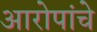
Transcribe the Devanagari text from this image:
आरोपांचे